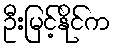
ဦးမြင့်နိုင်က